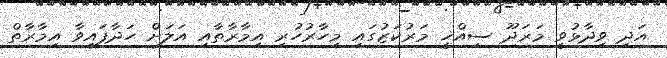
އަދި ވިދާޅުވީ މަރަދޫ ސިއްޚީ މަރުކަޒުގައި މިހާރުހުރި އިމާރާތާއި އަލަށް ހަދާފައިވާ އިމާރާތް